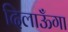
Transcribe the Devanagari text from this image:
दिलाऊँगा